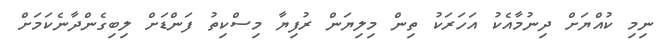
ނިމި ކުއްޔަށް ދިނުމާއެކު އަހަރަކު ތިން މިލިޔަން ރުފިޔާ މިސްކިތު ފަންޑަށް ލިބިގެންދާނެކަމަށް